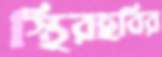
স্থিরছবির